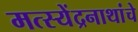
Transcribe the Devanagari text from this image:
मत्स्येंद्रनाथांचे